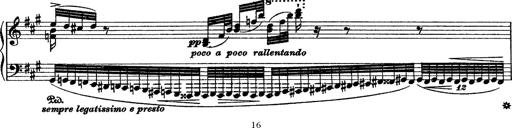
Title: Grande fantasie di bravura sur La clochette
Composer: Franz Liszt
Key: A minor